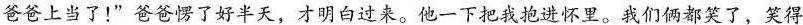
爸爸上当了！”爸爸愣了好半天，才明白过来。他一下把我抱进怀里。我们俩都笑了，笑得